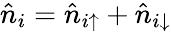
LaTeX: \hat{n}_{i}=\hat{n}_{i\uparrow}+\hat{n}_{i\downarrow}